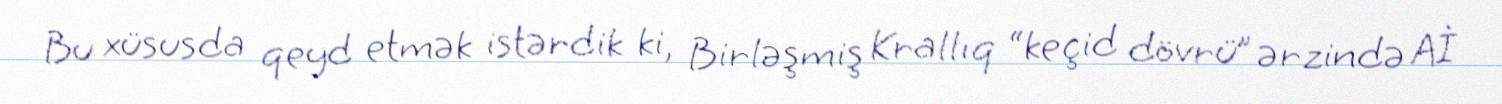
Bu xüsusda qeyd etmək istərdik ki, Birləşmiş Krallıq “keçid dövrü” ərzində Aİ